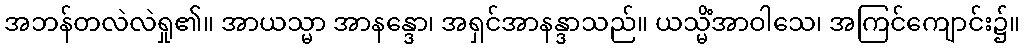
အဘန်တလဲလဲရှု၏။ အာယသ္မာ အာနန္ဒော၊ အရှင်အာနန္ဒာသည်။ ယသ္မိံအာဝါသေ၊ အကြင်ကျောင်း၌။